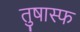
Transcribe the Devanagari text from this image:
तुषास्फ